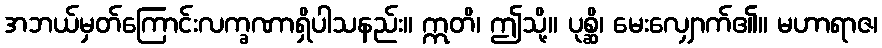
အဘယ်မှတ်ကြောင်းလက္ခဏာရှိပါသနည်း။ ဣတိ၊ ဤသို့။ ပုစ္ဆိ၊ မေးလျှောက်၏။ မဟာရာဇ၊